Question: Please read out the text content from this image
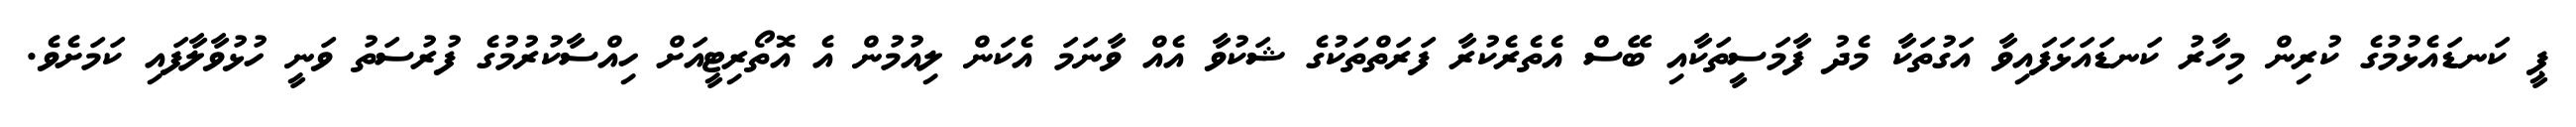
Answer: ޕީ ކަނޑައެޅުމުގެ ކުރިން މިހާރު ކަނޑައަޅަފައިވާ އަގުތަކާ މެދު ފާމަސީތަކާއި ބޭސް އެތެރެކުރާ ފަރަތްތަކުގެ ޝަކުވާ އެއް ވާނަމަ އެކަން ލިއުމުން އެ އޮތޯރިޓީއަށް ހިއްސާކުރުމުގެ ފުރުސަތު ވަނީ ހުޅުވާލާފައި ކަމަށެވެ.